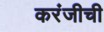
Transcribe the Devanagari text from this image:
करंजीची